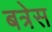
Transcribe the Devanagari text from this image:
बत्रेस